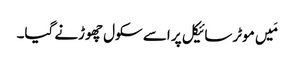
مَیں موٹرسائیکل پر اسے سکول چھوڑنے گیا۔